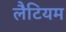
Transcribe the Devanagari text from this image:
लैटियम